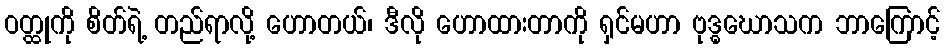
ဝတ္ထုကို စိတ်ရဲ့ တည်ရာလို့ ဟောတယ်၊ ဒီလို ဟောထားတာကို ရှင်မဟာ ဗုဒ္ဓဃောသက ဘာကြောင့်